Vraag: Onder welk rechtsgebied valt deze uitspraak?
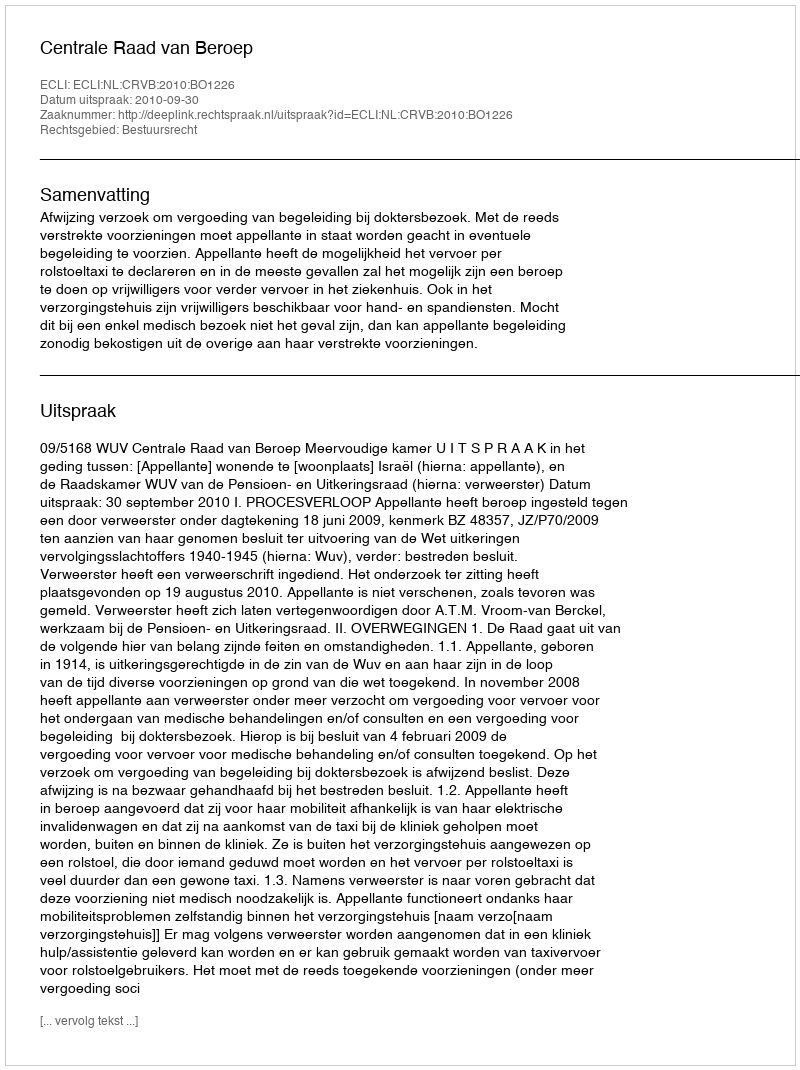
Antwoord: Bestuursrecht